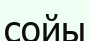
сойы